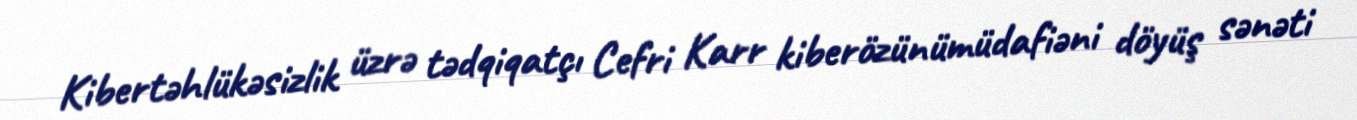
Kibertəhlükəsizlik üzrə tədqiqatçı Cefri Karr kiberözünümüdafiəni döyüş sənəti